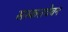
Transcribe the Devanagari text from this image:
सस्कतचेवन